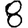
Digit: 8